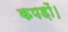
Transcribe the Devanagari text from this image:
कपड़ों।